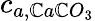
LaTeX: c_{a,\mathbb{C}a\mathbb{C}O_{3}}